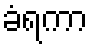
ခံရကာ